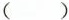
()